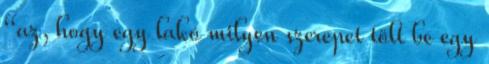
“az, hogy egy lakó milyen szerepet tölt be egy